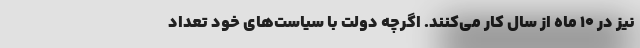
نیز در ۱۰ ماه از سال کار می‌کنند. اگرچه دولت با سیاست‌های خود تعداد